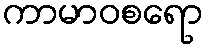
ကာမာဝစရော